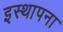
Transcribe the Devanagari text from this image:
इस्थापना